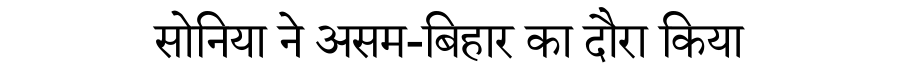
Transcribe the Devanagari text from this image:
सोनिया ने असम-बिहार का दौरा किया